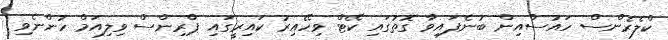
ކްލެރެންސް ހައުސްއިން ބުނެފައިވާ ގޮތުގައި ކޭޓް ވިހޭއިރު ކައިރީގައި ޕްރިންސް ވިލިއަމް ހުންނެވި